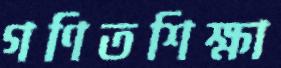
গণিতশিক্ষা